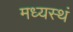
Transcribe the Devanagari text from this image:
मध्यस्थं